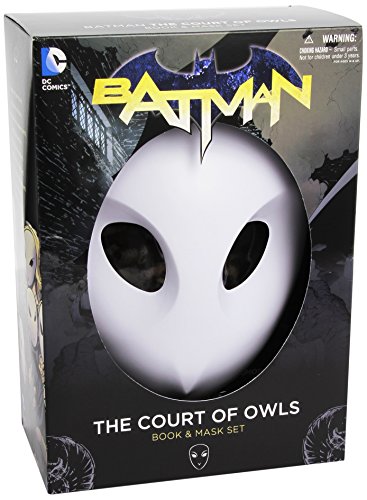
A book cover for Batman: The Court of Owls Mask and Book Set (The New 52) (Batman: the New 52); Scott Snyder; Comics & Graphic Novels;